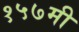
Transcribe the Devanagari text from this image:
१५७मी